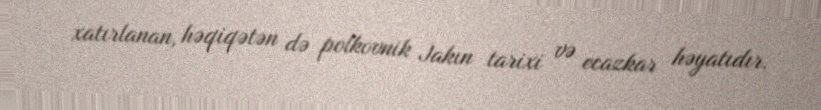
xatırlanan, həqiqətən də polkovnik Jakın tarixi və ecazkar həyatıdır.